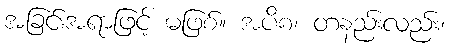
အခြင်းအရာဖြင့် မဖြစ်။ အပိစ၊ တနည်းလည်း၊